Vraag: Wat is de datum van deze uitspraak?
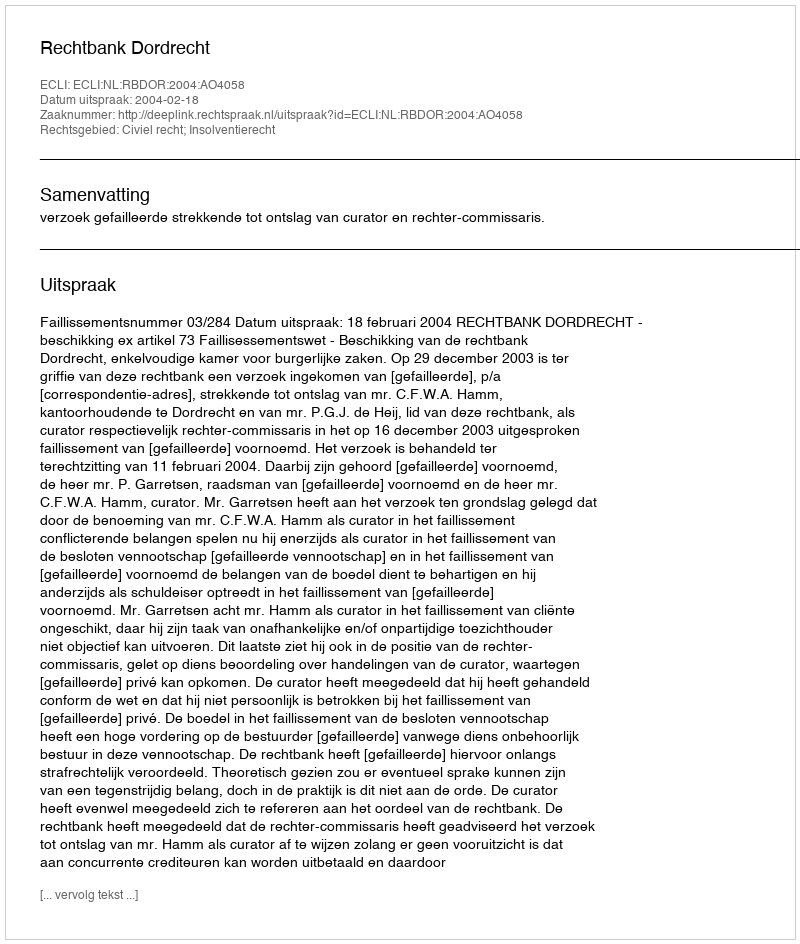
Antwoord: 2004-02-18